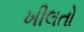
ખીલતો